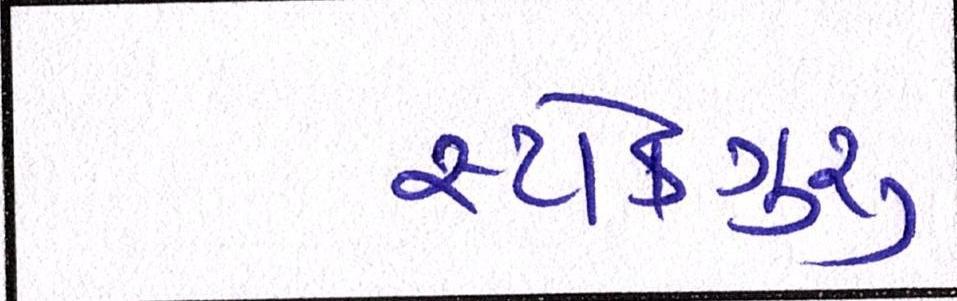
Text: સ્ટોકગુરૃ